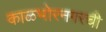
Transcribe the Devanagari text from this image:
काळभोरनगरची